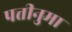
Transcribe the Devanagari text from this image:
पत्तीनुमा